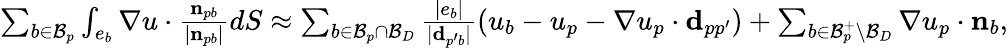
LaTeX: \begin{array}{r}{\sum_{b\in\mathcal{B}_{p}}\int_{e_{b}}\nabla u\cdot\frac{\mathbf{n}_{pb}}{|\mathbf{n}_{pb}|}dS\approx\sum_{b\in\mathcal{B}_{p}\cap\mathcal{B}_{D}}\frac{|e_{b}|}{|\mathbf{d}_{p^{\prime}b}|}\left(u_{b}-u_{p}-\nabla u_{p}\cdot\mathbf{d}_{pp^{\prime}}\right)+\sum_{b\in\mathcal{B}_{p}^{+}\setminus\mathcal{B}_{D}}\nabla u_{p}\cdot\mathbf{n}_{b},}\end{array}